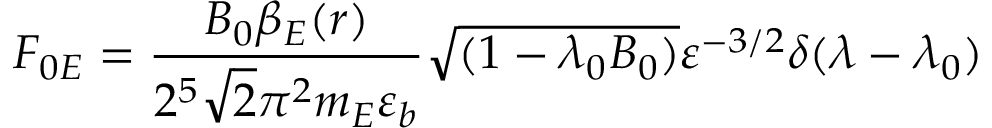
F _ { 0 E } = \frac { B _ { 0 } \beta _ { E } ( r ) } { 2 ^ { 5 } \sqrt { 2 } \pi ^ { 2 } m _ { E } \varepsilon _ { b } } \sqrt { ( 1 - \lambda _ { 0 } B _ { 0 } ) } \varepsilon ^ { - 3 / 2 } \delta ( \lambda - \lambda _ { 0 } )